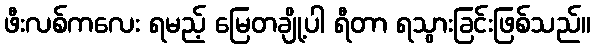
ဖီးလစ်ကလေး ရမည့် မြေတချို့ပါ ရီတာ ရသွားခြင်းဖြစ်သည်။